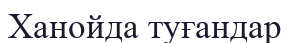
Ханойда туғандар